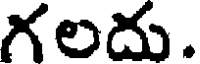
గలదు.